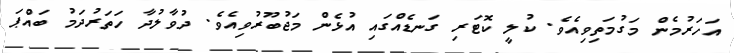
އަހަރުމެން މަގުމަތިވިއެވެ. ކުލީ ކޮޓަރި ގަނޑެއްގައި އުޅެން މަޖުބޫރުވިއެވެ. ދުވާލުދާ ހަތަރުދަމު ބައްޕަ